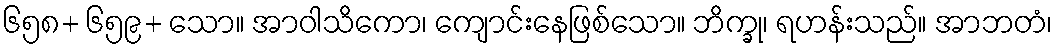
၆၅၈+ ၆၅၉+ သော။ အာဝါသိကော၊ ကျောင်းနေဖြစ်သော။ ဘိက္ခု၊ ရဟန်းသည်။ အာဘတံ၊